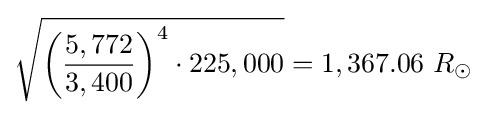
{\sqrt {\left({\frac {5,772}{3,400}}\right)^{4}\cdot 225,000}}=1,367.06\ R_{\odot }